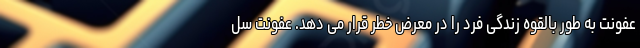
عفونت به طور بالقوه زندگی فرد را در معرض خطر قرار می دهد. عفونت سل